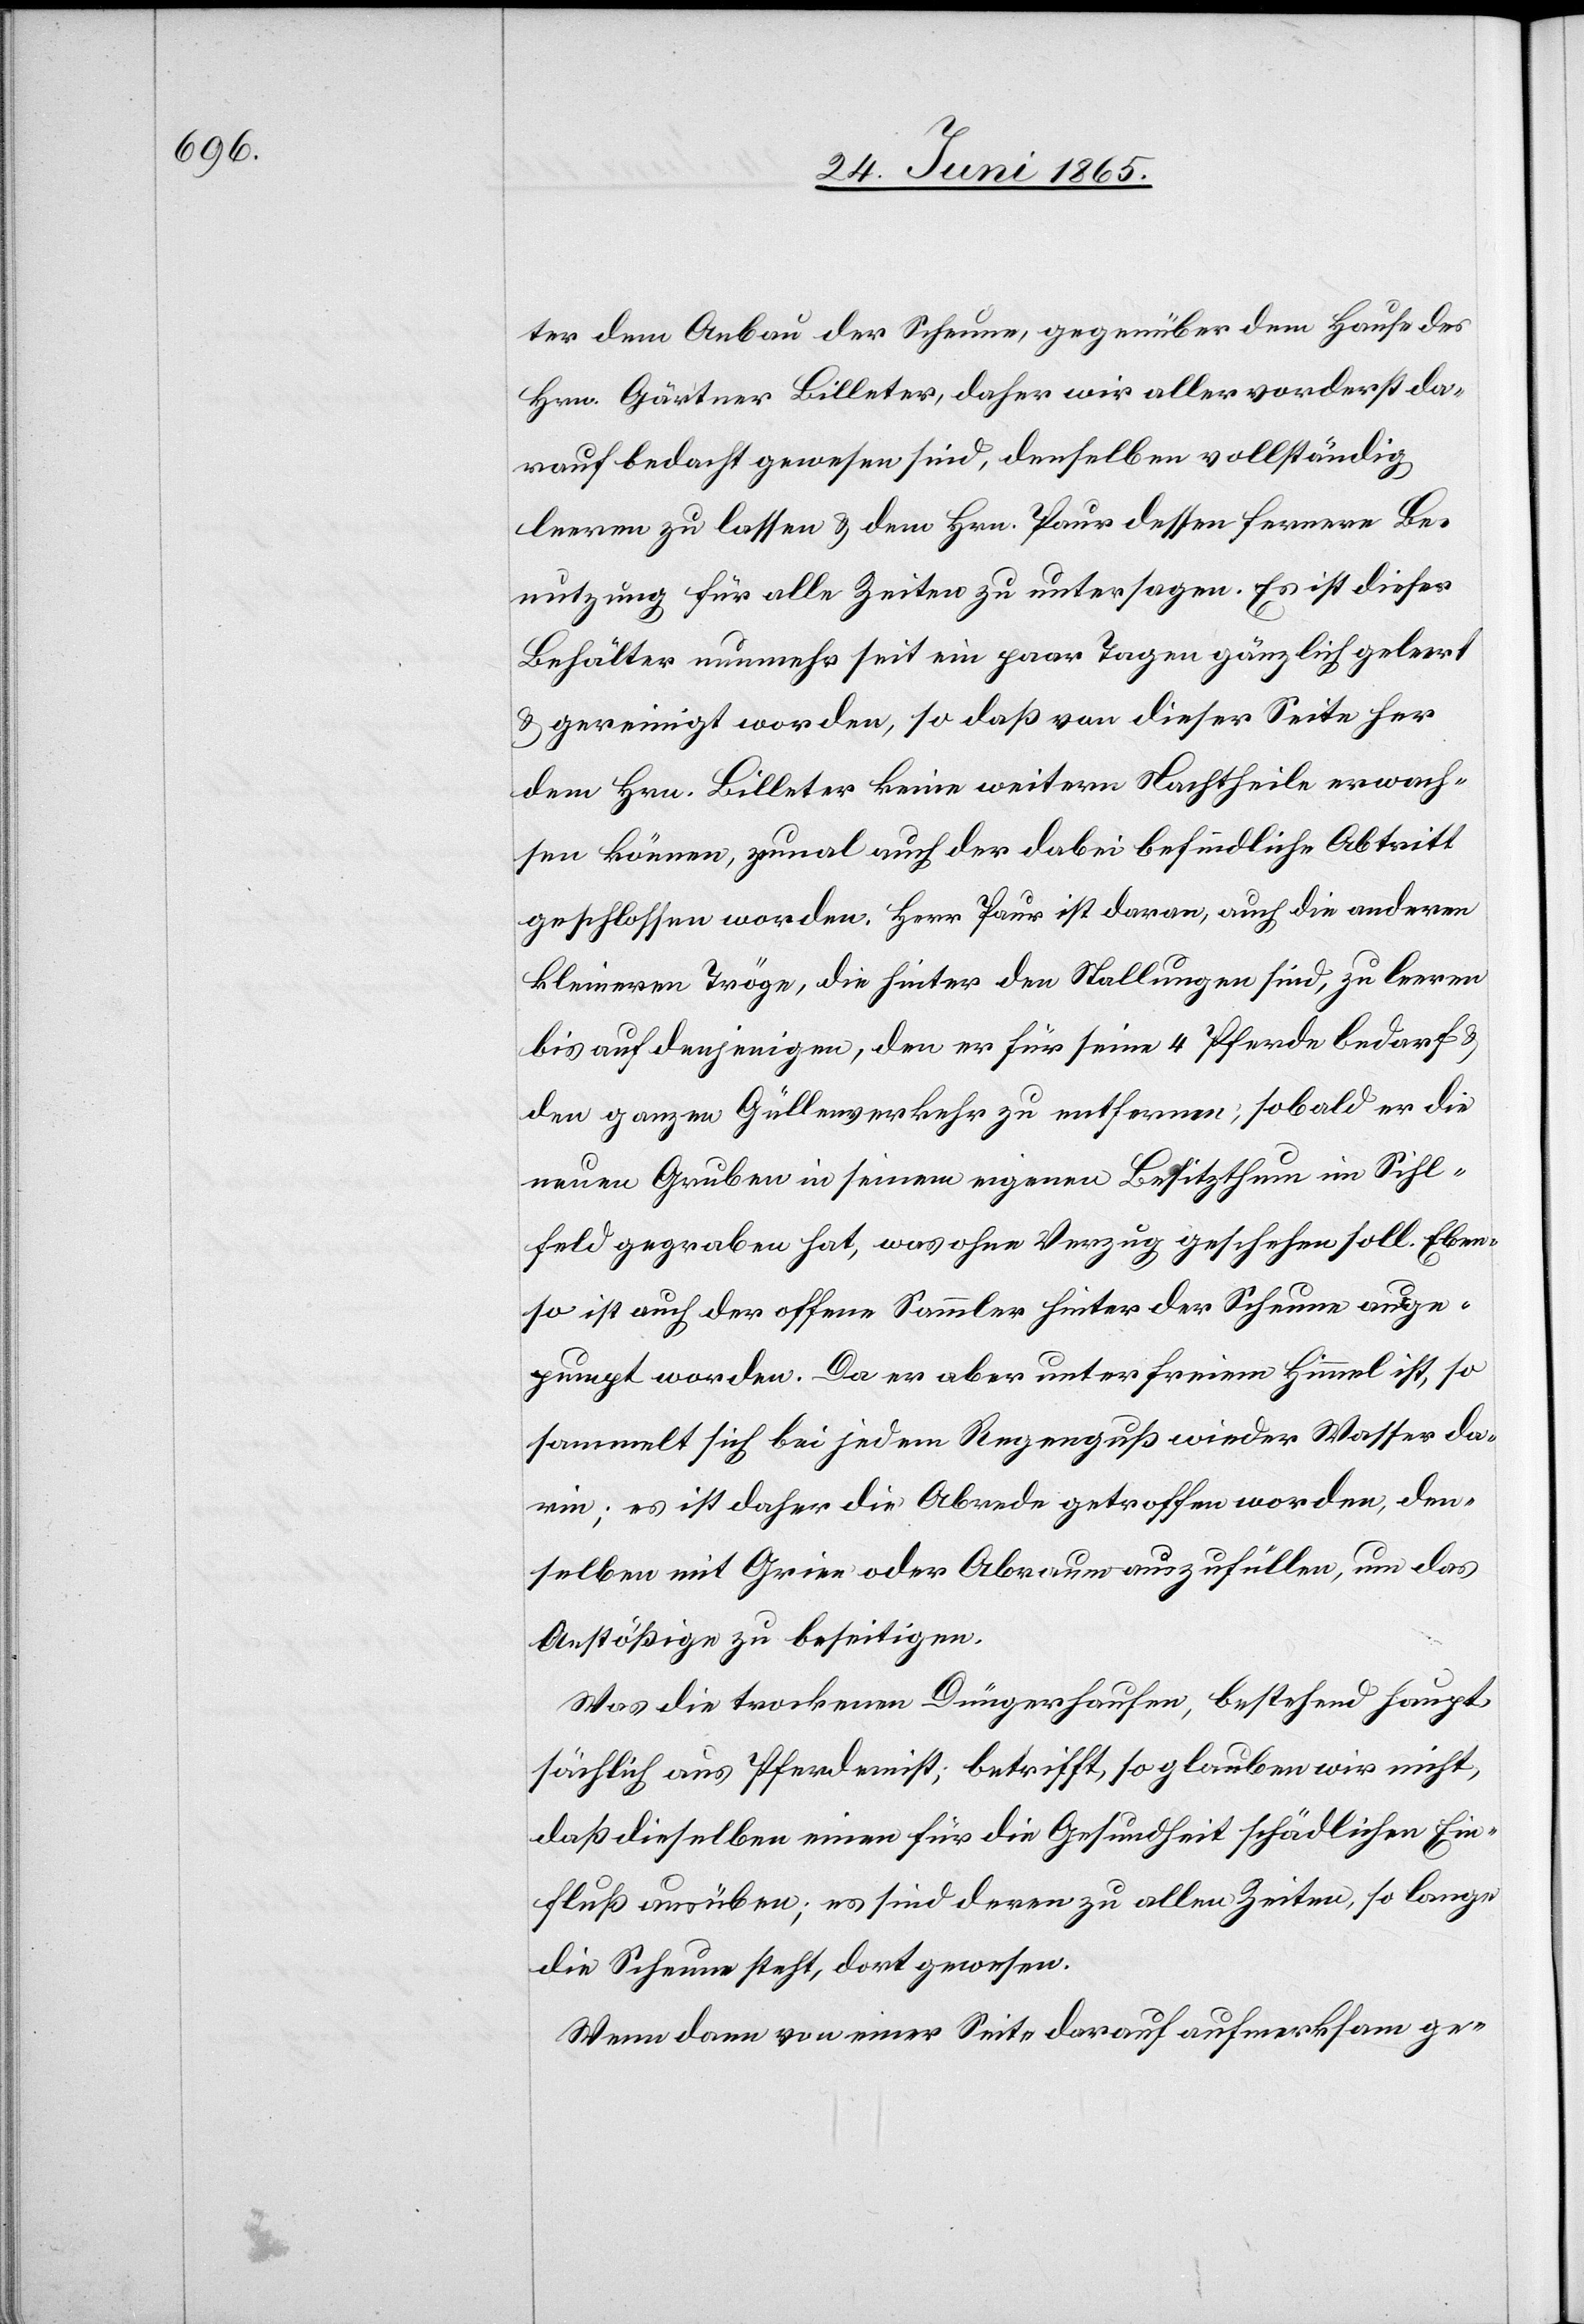
ter dem Anbau der Scheune, gegenüber dem Hause des
Hrn. Gärtner Billeter, daher wir allervorderst da¬
rauf bedacht gewesen sind, denselben vollständig
leeren zu lassen & dem Hrn. Paur dessen fernere Be¬
nutzung für alle Zeiten zu untersagen. Es ist dieser
Behälter nunmehr seit ein paar Tagen gänzlich geleert
& gereinigt worden, so daß von dieser Seite her
dem Hrn. Billeter keine weitern Nachtheile erwach¬
sen können, zumal auch der dabei befindliche Abtritt
geschlossen worden. Herr Paur ist daran, auch die anderen
kleineren Tröge, die hinter den Stallungen sind, zu leeren
bis auf denjenigen, den er für seine 4 Pferde bedarf &
den ganzen Güllenverkehr zu entfernen, sobald er die
neuen Gruben in seinem eigenen Besitzthum im Sihl¬
feld gegraben hat, was ohne Verzug geschehen soll. Eben¬
so ist auch der offene Sammler hinter der Scheune ausge¬
pumpt worden. Da er aber unter freiem Himmel ist, so
sammelt sich bei jedem Regenguß wieder Wasser da¬
rin; es ist daher die Abrede getroffen worden, den¬
selben mit Grien oder Abraum auszufüllen, um das
Anstößige zu beseitigen.
Was die trockenen Düngerhaufen, bestehend haupt¬
sächlich aus Pferdemist, betrifft, so glauben wir nicht,
daß dieselben einen für die Gesundheit schädlichen Ein¬
fluß ausüben; es sind deren zu allen Zeiten, so lange
die Scheune steht, dort gewesen.
Wenn dann von einer Seite darauf aufmerksam ge-